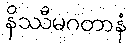
နိဿီမဂတာနံ